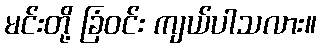
မင်းတို့ ခြံဝင်း ကျယ်ပါသလား။